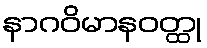
နာဂဝိမာနဝတ္ထု